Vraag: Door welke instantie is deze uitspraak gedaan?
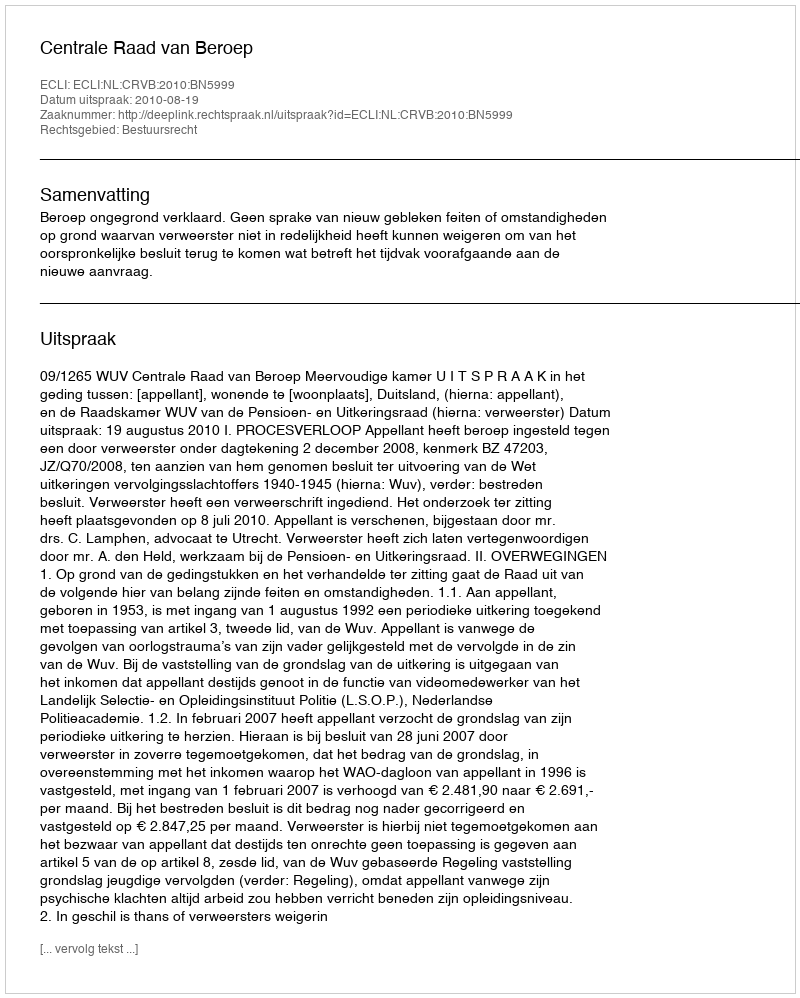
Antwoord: Centrale Raad van Beroep